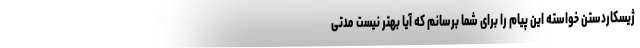
ژیسکاردستن خواسته این پیام را برای شما برسانم که آیا بهتر نیست مدتی